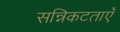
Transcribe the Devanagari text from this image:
सन्निकटताएँ